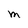
Character: M